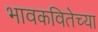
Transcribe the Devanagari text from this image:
भावकवितेच्या